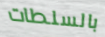
بالسلطات